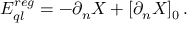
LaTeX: E _ { q l } ^ { r e g } = - \partial _ { n } X + [ \partial _ { n } X ] _ { 0 } \, .